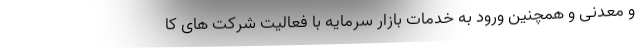
و معدنی و همچنین ورود به خدمات بازار سرمایه با فعالیت شرکت های کا